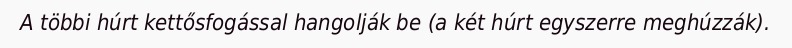
A többi húrt kettősfogással hangolják be (a két húrt egyszerre meghúzzák).